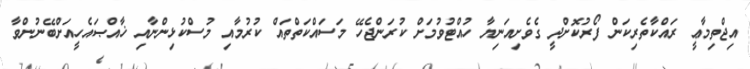
އިޖްތިމާޢީ ރައްކާތެރިކަން ފޯރުކޮށްދީ ގެވެށިއަނިޔާ ހުއްޓުވުމަށް ކުރަންޖެހޭ މަސައްކަތްތައް ކުރުމާއި މުސްކުޅިންނާއި ޚާއްޞައެހީއަށްބޭނުންވާ